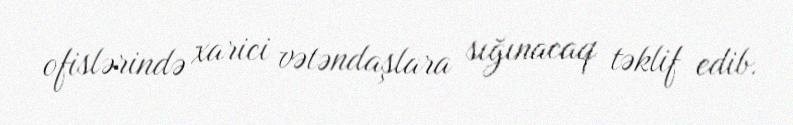
ofislərində xarici vətəndaşlara sığınacaq təklif edib.